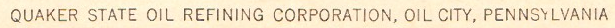
QUAKER STATE OIL REFINING CORPORATION, OIL CITY, PENNSYLVANIA